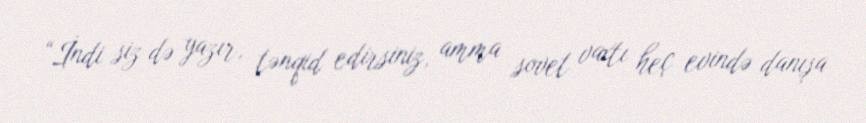
“İndi siz də yazır, tənqid edirsiniz, amma sovet vaxtı heç evində danışa